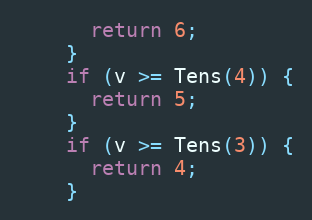
Language: C++
      return 6;
    }
    if (v >= Tens(4)) {
      return 5;
    }
    if (v >= Tens(3)) {
      return 4;
    }